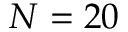
N = 2 0